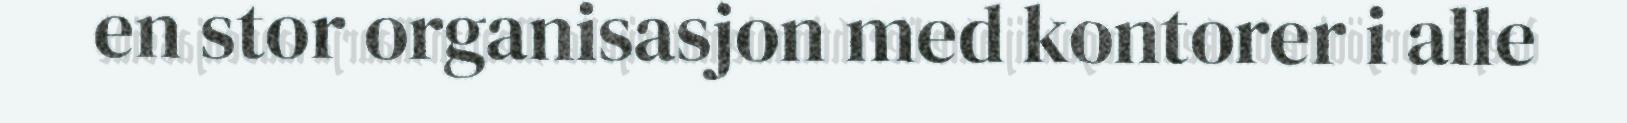
en stor organisasjon med kontorer i alle